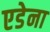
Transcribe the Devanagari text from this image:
एडेना